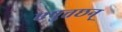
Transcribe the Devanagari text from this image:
एषुत्तछन्